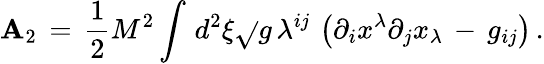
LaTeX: {\cal\mathbf{A}}_{2}\, =\, \frac{{1}}{{2}}M^{2}\int_{}^{}d^{2}\xi\sqrt{}{{g}}\, \lambda^{ij}\, \left(\partial_{i}x^{\lambda}\partial_{j}x_{\lambda}\, -\, g_{ij}\right)\, {.}